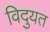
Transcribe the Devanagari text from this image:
विदुयत